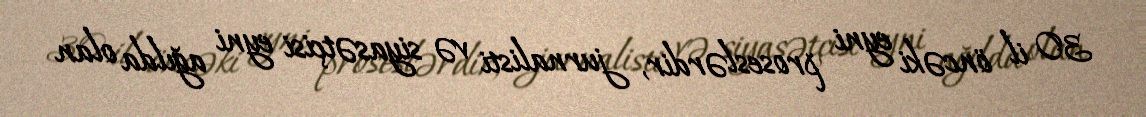
30 il öncəki eyni proseslərdir, jurnalisti və siyasətçisi eyni ağılda olan